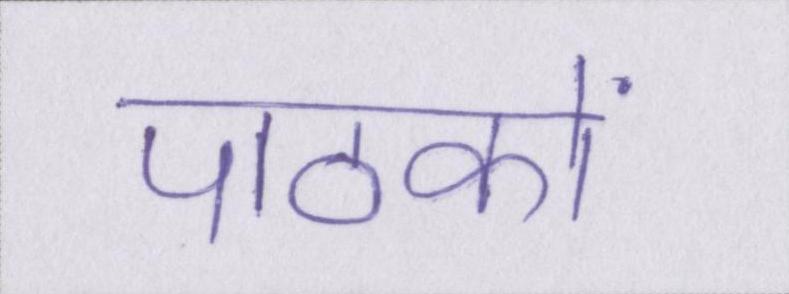
पाठकों